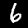
Label: 6